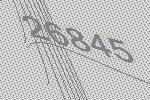
26845